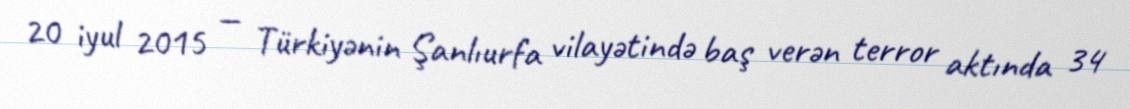
20 iyul 2015 — Türkiyənin Şanlıurfa vilayətində baş verən terror aktında 34